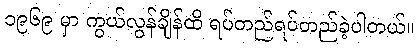
၁၉၆၉ မှာ ကွယ်လွန်ချိန်ထိ ရပ်တည်ရပ်တည်ခဲ့ပါတယ်။